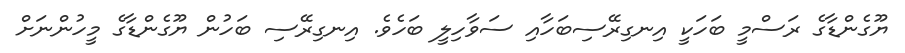
ޔޫގެންޑާގެ ރަސްމީ ބަހަކީ އިނގިރޭސިބަހާއި ސަވާހިލީ ބަހެވެ. އިނގިރޭސި ބަހުން ޔޫގެންޑާގެ މީހުންނަށް